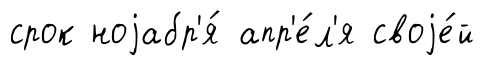
срок ноjабр'я́ апр'е́л'я своjе́й